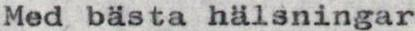
Med bästa hälsningar